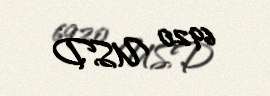
6920 USD